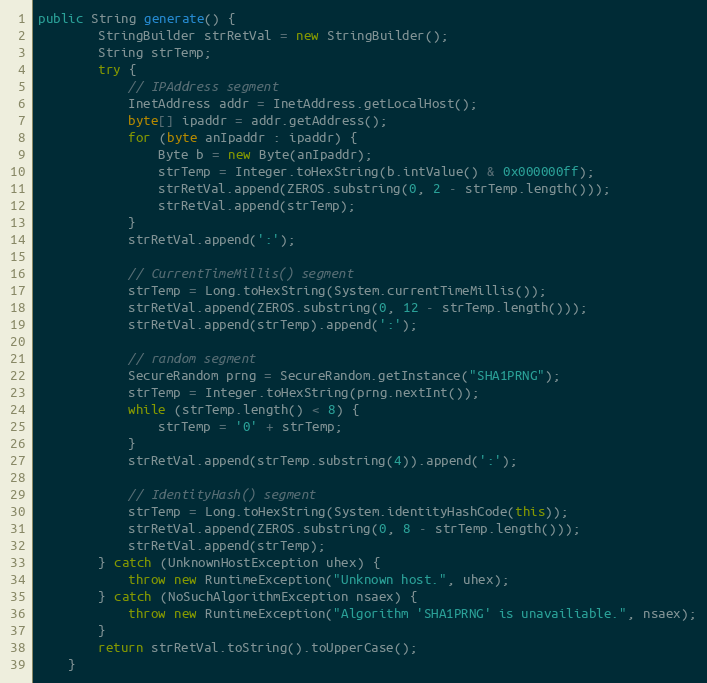
Language: Java
public String generate() {
        StringBuilder strRetVal = new StringBuilder();
        String strTemp;
        try {
            // IPAddress segment
            InetAddress addr = InetAddress.getLocalHost();
            byte[] ipaddr = addr.getAddress();
            for (byte anIpaddr : ipaddr) {
                Byte b = new Byte(anIpaddr);
                strTemp = Integer.toHexString(b.intValue() & 0x000000ff);
                strRetVal.append(ZEROS.substring(0, 2 - strTemp.length()));
                strRetVal.append(strTemp);
            }
            strRetVal.append(':');

            // CurrentTimeMillis() segment
            strTemp = Long.toHexString(System.currentTimeMillis());
            strRetVal.append(ZEROS.substring(0, 12 - strTemp.length()));
            strRetVal.append(strTemp).append(':');

            // random segment
            SecureRandom prng = SecureRandom.getInstance("SHA1PRNG");
            strTemp = Integer.toHexString(prng.nextInt());
            while (strTemp.length() < 8) {
                strTemp = '0' + strTemp;
            }
            strRetVal.append(strTemp.substring(4)).append(':');

            // IdentityHash() segment
            strTemp = Long.toHexString(System.identityHashCode(this));
            strRetVal.append(ZEROS.substring(0, 8 - strTemp.length()));
            strRetVal.append(strTemp);
        } catch (UnknownHostException uhex) {
            throw new RuntimeException("Unknown host.", uhex);
        } catch (NoSuchAlgorithmException nsaex) {
            throw new RuntimeException("Algorithm 'SHA1PRNG' is unavailiable.", nsaex);
        }
        return strRetVal.toString().toUpperCase();
    }